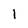
Character: 1